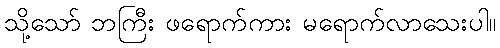
သို့သော် ဘကြီး ဖရောက်ကား မရောက်လာသေးပါ။